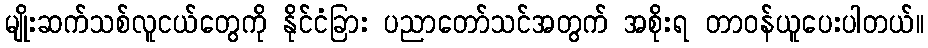
မျိုးဆက်သစ်လူငယ်တွေကို နိုင်ငံခြား ပညာတော်သင်အတွက် အစိုးရ တာဝန်ယူပေးပါတယ်။